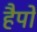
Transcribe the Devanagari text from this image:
हैपो